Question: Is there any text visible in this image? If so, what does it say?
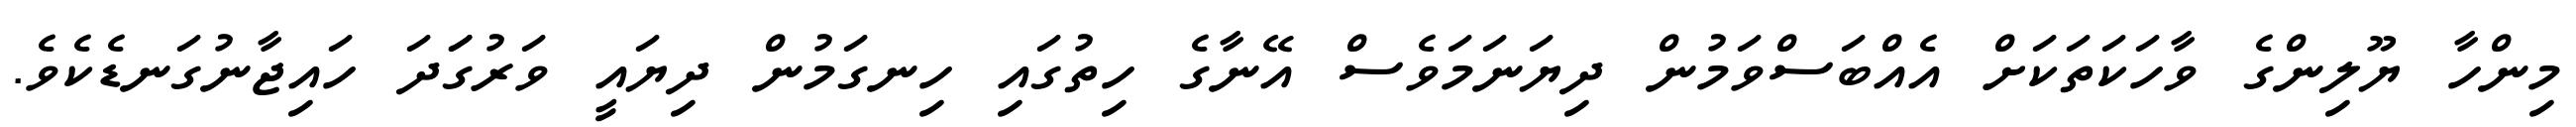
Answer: މިންހާ ޔޫލިންގެ ވާހަކަތަކަށް އެއްބަސްވަމުން ދިޔަނަމަވެސް އޭނާގެ ހިތުގައި ހިނގަމުން ދިޔައީ ވަރުގަަދަ ހައިޖާނުގަނޑެކެވެ.